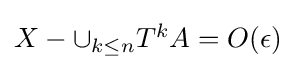
{\textstyle X-\cup _{k\leq n}T^{k}A=O(\epsilon )}